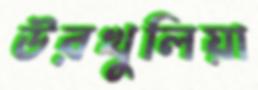
উরখুলিয়া